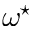
\omega ^ { \star }